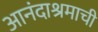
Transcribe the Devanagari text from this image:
आनंदाश्रमाची